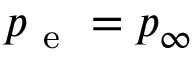
p _ { \mathrm { ~ e ~ } } = p _ { \infty }